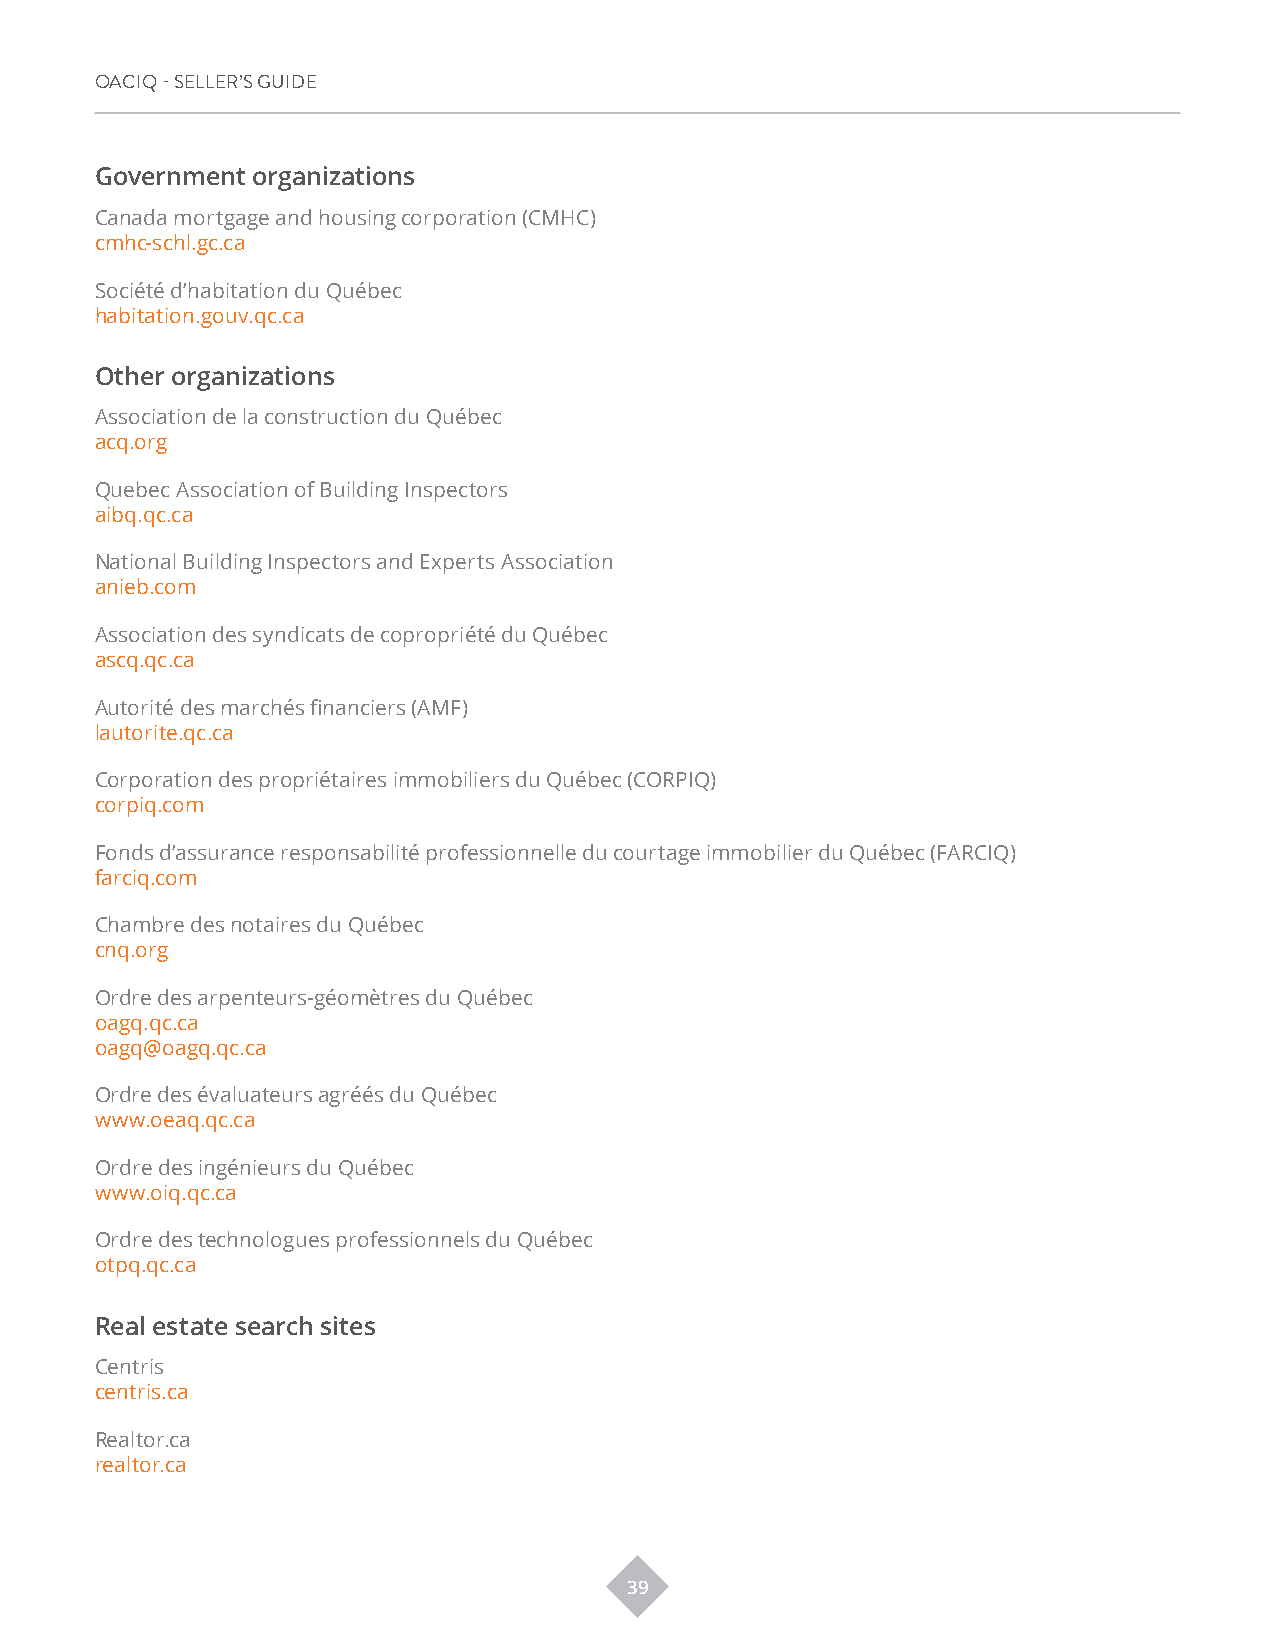
OACIQ - SELLER’S GUIDE
 Government organizations
 Canada mortgage and housing corporation (CMHC)
 cmhc-schl.gc.ca
 Société d’habitation du Québec
 habitation.gouv.qc.ca
 Other organizations
 Association de la construction du Québec
 acq.org
 Quebec Association of Building Inspectors
 aibq.qc.ca
 National Building Inspectors and Experts Association
 anieb.com
 Association des syndicats de copropriété du Québec
 ascq.qc.ca
 Autorité des marchés financiers (AMF)
 lautorite.qc.ca
 Corporation des propriétaires immobiliers du Québec (CORPIQ)
 corpiq.com
 Fonds d’assurance responsabilité professionnelle du courtage immobilier du Québec (FARCIQ)
 farciq.com
 Chambre des notaires du Québec
 cnq.org
 Ordre des arpenteurs-géomètres du Québec
 oagq.qc.ca
 oagq@oagq.qc.ca
 Ordre des évaluateurs agréés du Québec
 www.oeaq.qc.ca
 Ordre des ingénieurs du Québec
 www.oiq.qc.ca
 Ordre des technologues professionnels du Québec
 otpq.qc.ca
 Real estate search sites
 Centris
 centris.ca
 Realtor.ca
 realtor.ca
 39